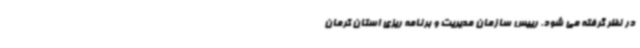
در نظر گرفته می شود. رییس سازمان مدیریت و برنامه ریزی استان کرمان